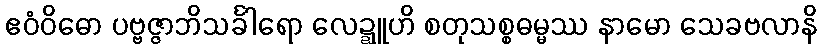
ဧဝံဝိဓော ပဗ္ဗဇ္ဇာဘိသင်္ခါရော လေဍ္ဍူဟိ စတုသစ္စဓမ္မဿ နာမော သေခဗလာနိ